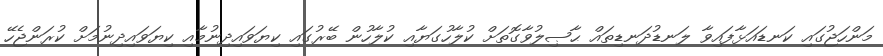
މަންހަޖުގައި ކަނޑައަޅާފައިވާ ލަނޑުދަނޑިތައް ޙާޞިލުވާގޮތަށް ކުލާހުގަޔާއި ކުލާހުން ބޭރުގައި ކިޔަވައިދިނުމާއި ކިޔަވައިދިނުމަށް ކުރަންޖެހޭ